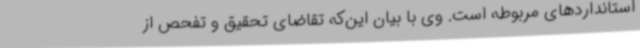
استانداردهای مربوطه است. وی با بیان این‌که تقاضای تحقیق و تفحص از